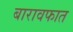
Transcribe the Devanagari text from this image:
बारावफात